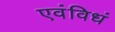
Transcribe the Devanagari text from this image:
एवंविधं